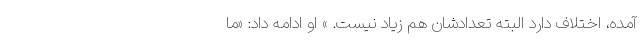
آمده، اختلاف دارد البته تعدادشان هم زیاد نیست. » او ادامه داد: «ما